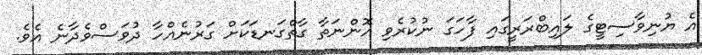
އެ ޔުނިވާސިޓީގެ ލައިބްރަރީގައި ފާހަގަ ނުކުރެވި އޮންނަތާ ގާތްގަނޑަކަށް ގަރުނެއްހާ ދުވަސްވެދާނެ އެވެ.